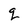
Character: q